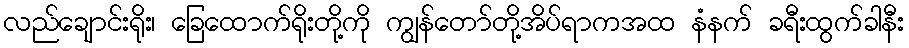
လည်ချောင်းရိုး၊ ခြေထောက်ရိုးတို့ကို ကျွန်တော်တို့အိပ်ရာကအထ နံနက် ခရီးထွက်ခါနီး